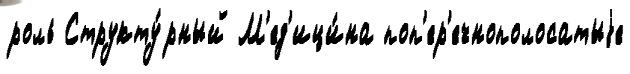
роль Структу́рный М'ед'ици́на поп'ер'ечнополосатыjе